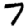
Digit: 7